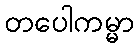
တပေါကမ္မာ